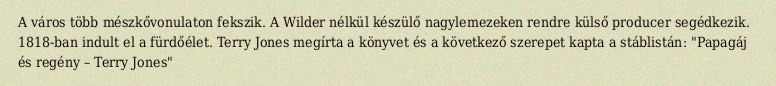
A város több mészkővonulaton fekszik. A Wilder nélkül készülő nagylemezeken rendre külső producer segédkezik. 1818-ban indult el a fürdőélet. Terry Jones megírta a könyvet és a következő szerepet kapta a stáblistán: "Papagáj és regény – Terry Jones"